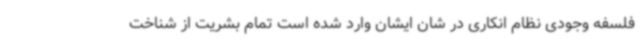
فلسفه وجودی نظام انکاری در شان ایشان وارد شده است تمام بشریت از شناخت